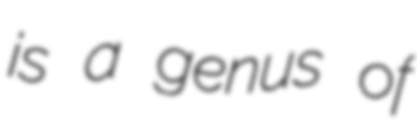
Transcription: is a genus of